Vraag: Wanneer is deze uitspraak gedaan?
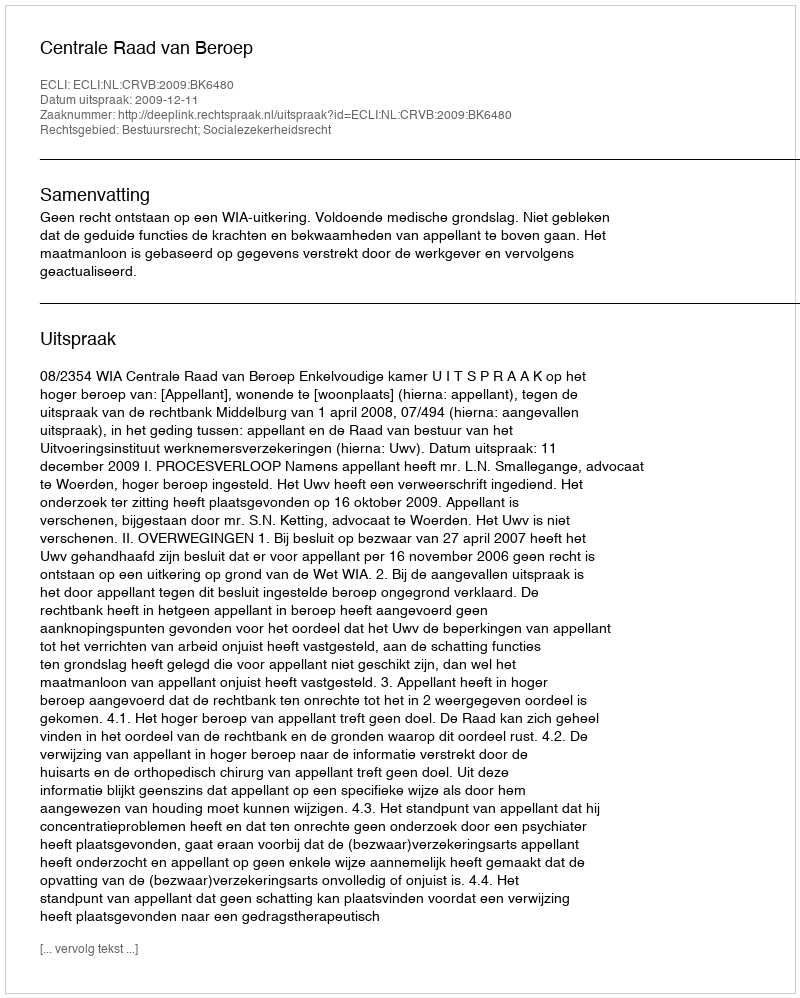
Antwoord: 2009-12-11